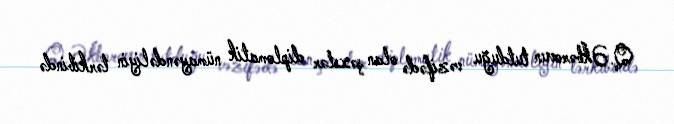
Q.Əkbərovun tutduğu vəzifədə olan şəxslər diplomatik nümayəndəliyin tərkibində